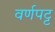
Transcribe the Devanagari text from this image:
वर्णपट्ट